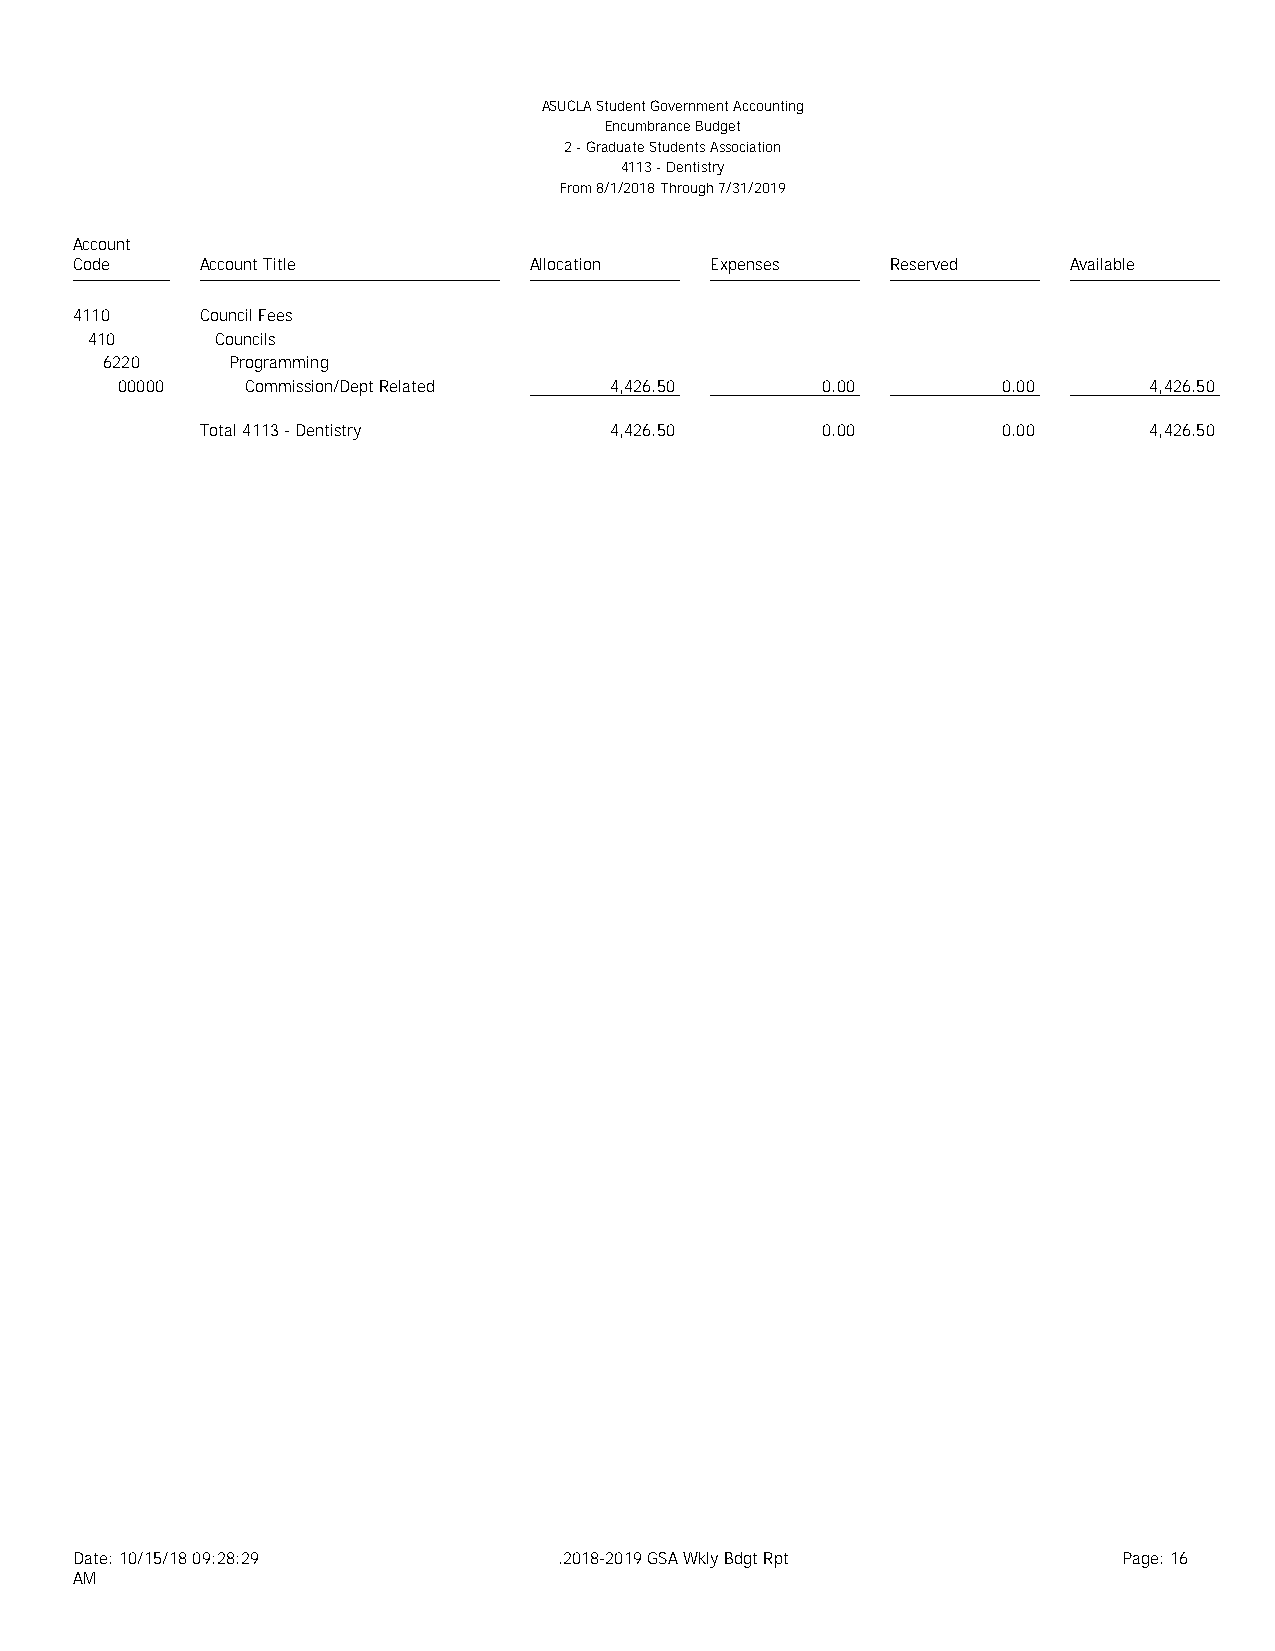
ASUCLA Student Government Accounting
 Encumbrance Budget
 2 - Graduate Students Association
 4113 - Dentistry
 From 8/1/2018 Through 7/31/2019
 Account
 Code    Account Title         Allocation  Expenses    Reserved    Available
 4110    Council Fees
 410     Councils
 6220    Programming
 00000   Commission/Dept Related 4,426.50      0.00        0.00      4,426.50
 Total 4113 - Dentistry     4,426.50      0.00        0.00      4,426.50
 Date: 10/15/18 09:28:29         .2018-2019 GSA Wkly Bdgt Rpt         Page: 16
 AM